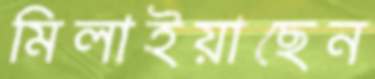
মিলাইয়াছেন